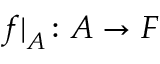
{ f | } _ { A } \colon A \to F